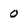
Character: o